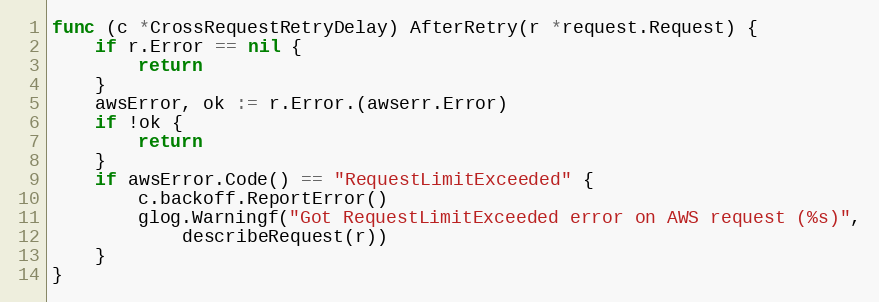
Language: Go
func (c *CrossRequestRetryDelay) AfterRetry(r *request.Request) {
	if r.Error == nil {
		return
	}
	awsError, ok := r.Error.(awserr.Error)
	if !ok {
		return
	}
	if awsError.Code() == "RequestLimitExceeded" {
		c.backoff.ReportError()
		glog.Warningf("Got RequestLimitExceeded error on AWS request (%s)",
			describeRequest(r))
	}
}